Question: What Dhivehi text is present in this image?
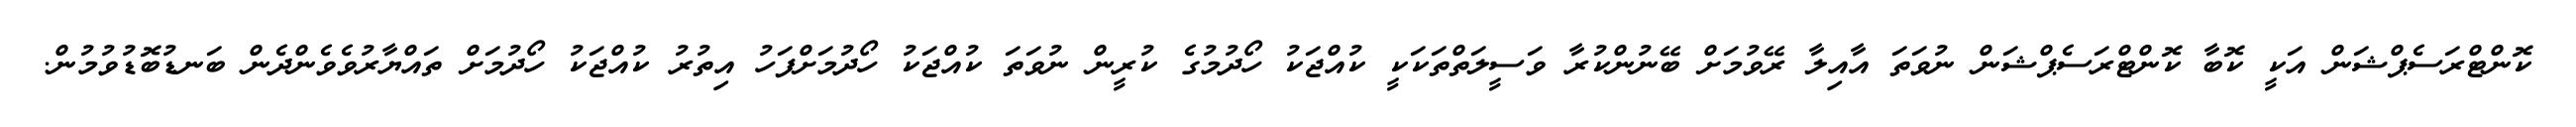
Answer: ކޮންޓްރަސެޕްޝަން އަކީ ކޮބާ ކޮންޓްރަސެޕްޝަން ނުވަތަ އާއިލާ ރޭވުމަށް ބޭނުންކުރާ ވަސީލަތްތަކަކީ ކުއްޖަކު ހޯދުމުގެ ކުރީން ނުވަތަ ކުއްޖަކު ހޯދުމަށްފަހު އިތުރު ކުއްޖަކު ހޯދުމަށް ތައްޔާރުވެވެންދެން ބަނޑުބޮޑުވުމުން.